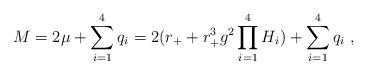
LaTeX: \begin{align*}M=2 \mu +\sum_{i=1}^4q_i=2(r_++r_+^3g^2\prod_{i=1}^4H_i)+\sum_{i=1}^4q_i \ ,\end{align*}